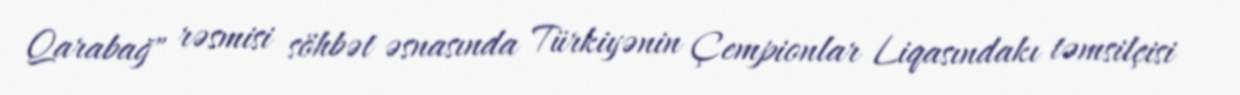
Qarabağ" rəsmisi söhbət əsnasında Türkiyənin Çempionlar Liqasındakı təmsilçisi